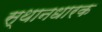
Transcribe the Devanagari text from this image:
स्थानधारक